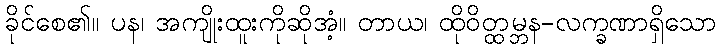
ခိုင်စေ၏။ ပန၊ အကျိုးထူးကိုဆိုအံ့။ တာယ၊ ထိုဝိတ္ထမ္ဘန-လက္ခဏာရှိသော